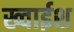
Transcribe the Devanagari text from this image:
ख्वाईश